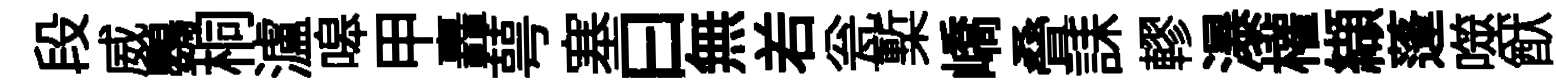
段威鸚桐瀘嗥甲轟萼塞曰無𠰥瓮槧嶠叠誄轇瀑權纈蓬噬猷